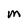
Character: M